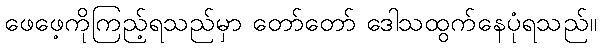
ဖေဖေ့ကိုကြည့်ရသည်မှာ တော်တော် ဒေါသထွက်နေပုံရသည်။